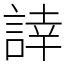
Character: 䛭